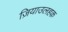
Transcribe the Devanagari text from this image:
ज़ियाउलहक़